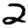
Digit: 2